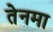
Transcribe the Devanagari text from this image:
तेनमा